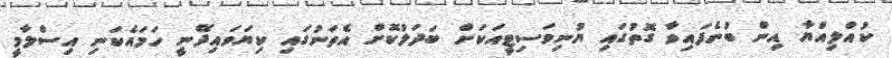
ކުއްލިއްޔާ އިން ބުނެފައިވާ ގޮތުގައި ޔުނިވަސިޓީއަކަށް ބަދަލުކޮށް އެތަނުގައި ކިޔަވައިދޭނީ ހަމައެކަނި އިސްލާމީ